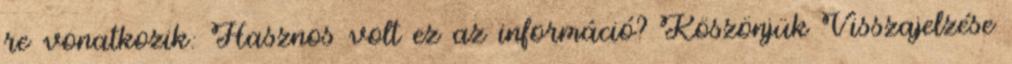
re vonatkozik: Hasznos volt ez az információ? Köszönjük Visszajelzése